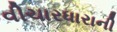
વીચારધારાની